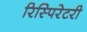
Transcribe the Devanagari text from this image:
रिस्पिरेटरी